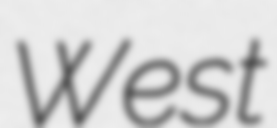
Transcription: West